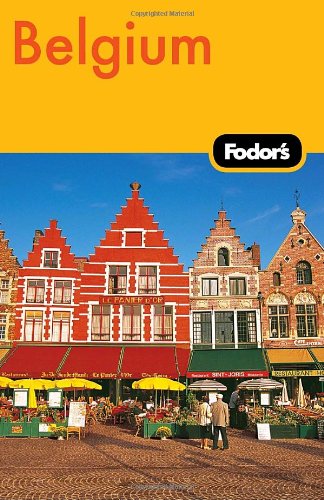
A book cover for Fodor's Belgium, 4th Edition (Travel Guide); Fodor's; Travel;